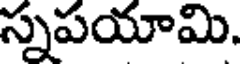
స్నపయామి.